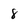
Character: 8